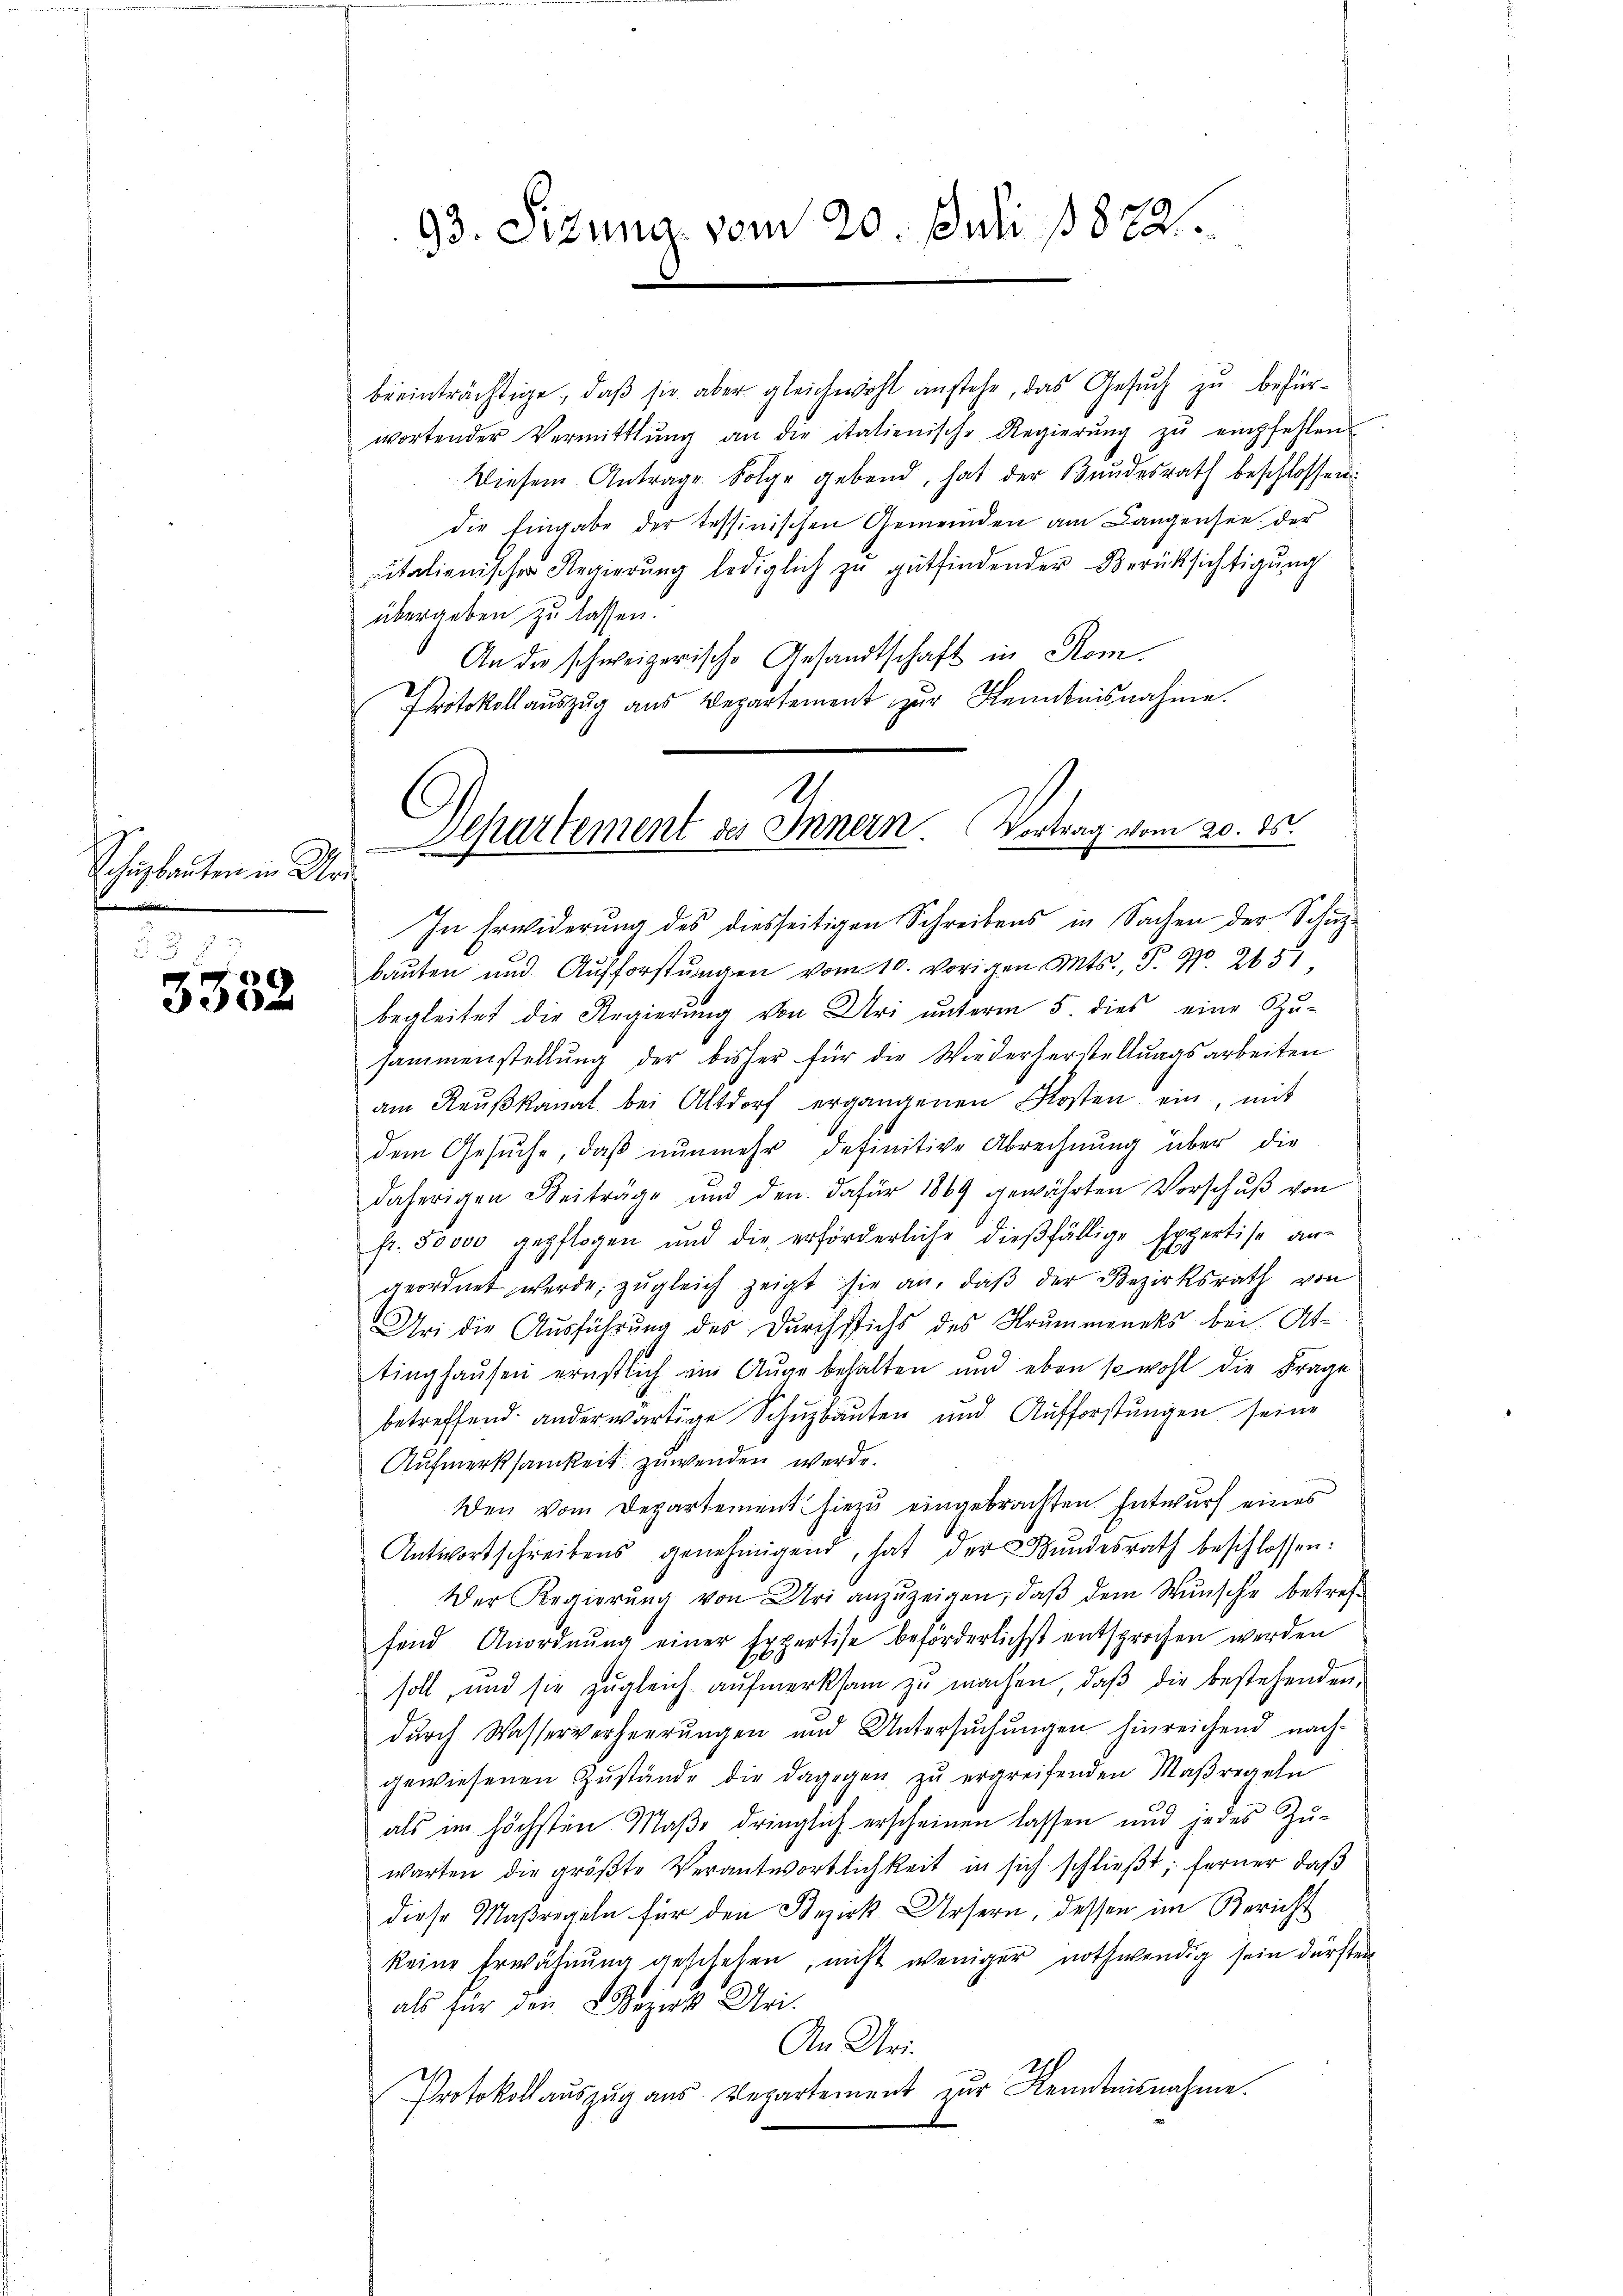
Schulbauten in Ur¬

3

u

93. Sizung vom 20. Juli 1872.

beeinträchtige, daβ sie aber gleichwohl anstehe, das Gesŭch zu befürwortender Vermittlung an die italienische Regierŭng zŭ empfehlen
Wiesem Antrage Folge gebend, hat der Bundesrath beschlossen:
die Eingabe der tessinischen Gemeinden am Langensee der
pitalienischer Regierŭng lediglich zŭ gŭtfindender Berücksichtigŭng
übergeben zu lassen.
An die schweizerische Gesandtschaft in Rom.
Protokollauszug aus Departement zur Kenntnisnahme.
In Erwiderung des diesseitigen Schreibens in Sachen der Schüzbaŭten und Aufforstŭngen vom 10. vorigen Mts., P. Nr. 215)
begleitet die Regierung von Uri unterm 5 dies eine Zu-
sammenstellŭng der bisher für die Wiederherstellŭngsarbeiten
am Reŭβkanal bei Altdorf ergangenen Kosten ein, mit
dem Gesŭche, daβ nŭnmehr definitive Abrechnung über die
daherigen Beitrage und den dafür 1869 gewährten Vorschŭβ von
fr. 50000 gepflogen und die erforderliche dießfällige Expertise an-
geordnet werde, zugleich zeigt sie an, daß der Bezirksrath von
Uri die Ausführung des Durchstichs des Krummaneks bei Attinghausen ernstlich am Auge behalten und eben sowohl die Frage
betreffend anderwärtige Schuzbauten und Aufforstungen seine
Aufmerksamkeit zuwenden werde.
Den vom Departement hiezu eingebrachten Entwurf eines
Antwortschreibens genehmigend, hat der Bŭndesrath beschlossen:
Der Regierŭng von Uri anzuzeigen, daß dem Wunsche betreffend Anordnŭng einer Expertise beförderlichst entsprochen werden
soll, und sie zŭgleich aŭfmerksam zŭ machen, daβ die bestehenden
durch Wasserverheerungen und Untersuchungen hinreichend nach-
gewiesenen Zustände die dagegen zu ergreifenden Maßregeln
als im höchsten Maße dringlich erscheinen lassen und jedes Zu-
warten die größte Verantwortlichkeit in sich schlieβt; ferner, daß
diese Maßregeln für den Bezirk Ursern, dessen im Bericht
keine Erwähnŭng geschehen, nicht weniger nothwendig sein dürften
als für den Bezirk Uri.
An Uri¬
Protokoll auszug aus Departement zur Kenntnisnahme.

11
Separtement des Innern. (Vortrag vom 20. ds.